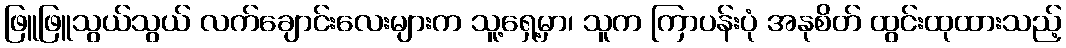
ဖြူဖြူသွယ်သွယ် လက်ချောင်းလေးများက သူ့ရှေ့မှာ၊ သူက ကြာပန်းပုံ အနုစိတ် ထွင်းထုထားသည့်